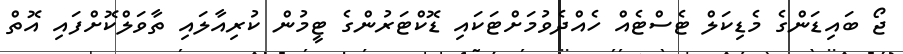
ޖޯ ބައިޑަންގެ މެޑިކަލް ޓެސްޓެއް ހެއްދެވުމަށްޓަކައި ޑޮކްޓަރުންގެ ޓީމުން ކުރިއާލައި ތާވަލްކޮށްފައި އޮތް